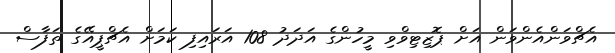
އެޗްވަންއެންވަން އަށް ޕޮޒިޓިވްވި މީހުންގެ އަދަދު 108 އަރައިފި ކަމަށް އެޗްޕީއޭގެ ތަފާސް